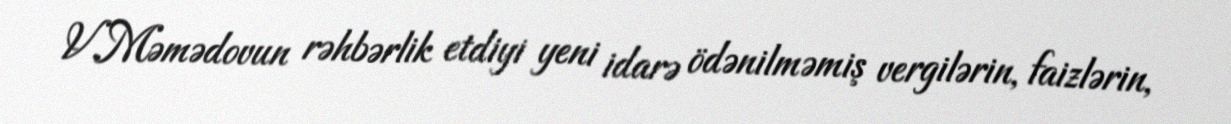
V.Məmədovun rəhbərlik etdiyi yeni idarə ödənilməmiş vergilərin, faizlərin,